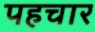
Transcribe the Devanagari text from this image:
पहचार